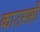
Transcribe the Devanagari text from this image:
काउसल्ली